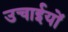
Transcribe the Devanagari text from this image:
उचाईयों